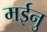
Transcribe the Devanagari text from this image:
मईनु